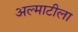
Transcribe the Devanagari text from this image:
अल्माटीला